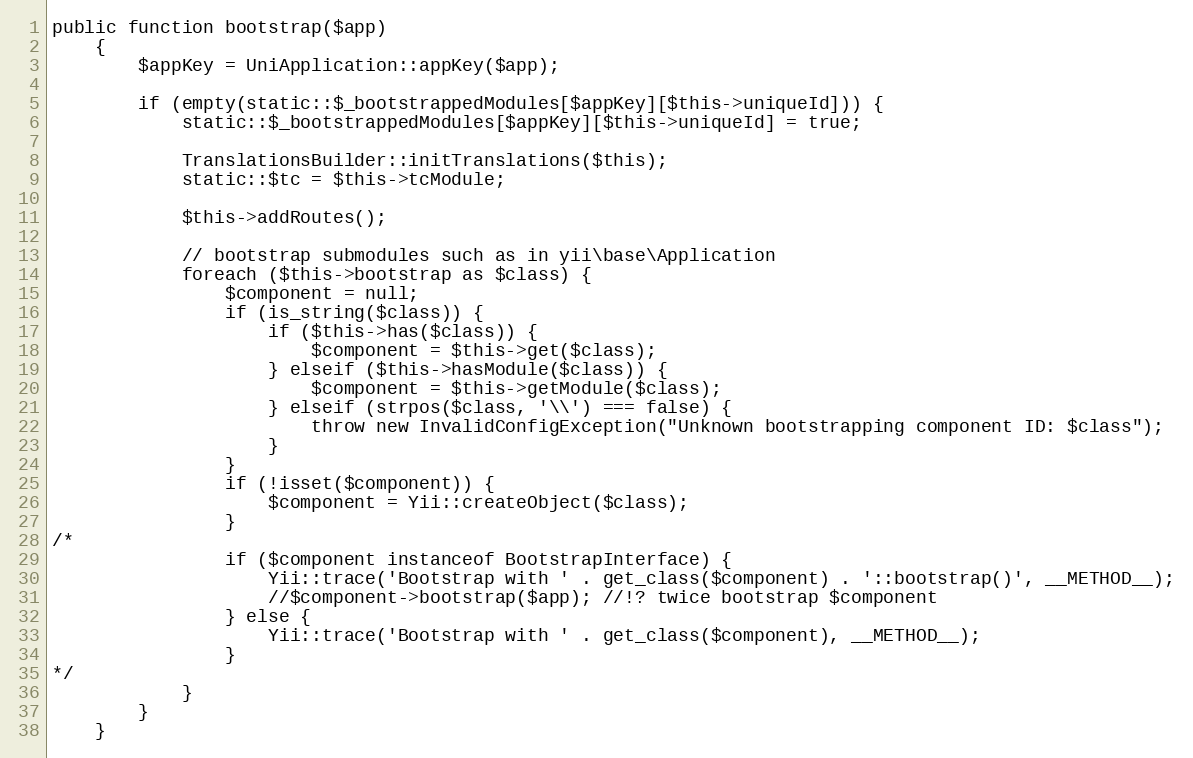
Language: PHP
public function bootstrap($app)
    {
        $appKey = UniApplication::appKey($app);

        if (empty(static::$_bootstrappedModules[$appKey][$this->uniqueId])) {
            static::$_bootstrappedModules[$appKey][$this->uniqueId] = true;

            TranslationsBuilder::initTranslations($this);
            static::$tc = $this->tcModule;

            $this->addRoutes();

            // bootstrap submodules such as in yii\base\Application
            foreach ($this->bootstrap as $class) {
                $component = null;
                if (is_string($class)) {
                    if ($this->has($class)) {
                        $component = $this->get($class);
                    } elseif ($this->hasModule($class)) {
                        $component = $this->getModule($class);
                    } elseif (strpos($class, '\\') === false) {
                        throw new InvalidConfigException("Unknown bootstrapping component ID: $class");
                    }
                }
                if (!isset($component)) {
                    $component = Yii::createObject($class);
                }
/*
                if ($component instanceof BootstrapInterface) {
                    Yii::trace('Bootstrap with ' . get_class($component) . '::bootstrap()', __METHOD__);
                    //$component->bootstrap($app); //!? twice bootstrap $component
                } else {
                    Yii::trace('Bootstrap with ' . get_class($component), __METHOD__);
                }
*/
            }
        }
    }